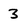
Character: 3